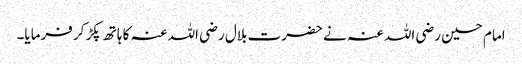
امام حسین رضی اللہ عنہ نے حضرت بلال رضی اللہ عنہ کا ہاتھ پکڑ کر فرمایا۔